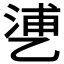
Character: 𬼱